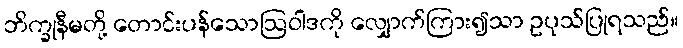
ဘိက္ခုနီမတို့ တောင်းပန်သောဩဝါဒကို လျှောက်ကြား၍သာ ဥပုသ်ပြုရသည်။